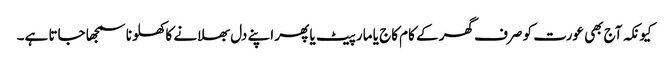
کیونکہ آج بھی عورت کو صرف گھر کے کام کاج یا مار پیٹ یا پھر اپنے دل بھلانے کا کھلونا سمجھا جاتا ہے۔